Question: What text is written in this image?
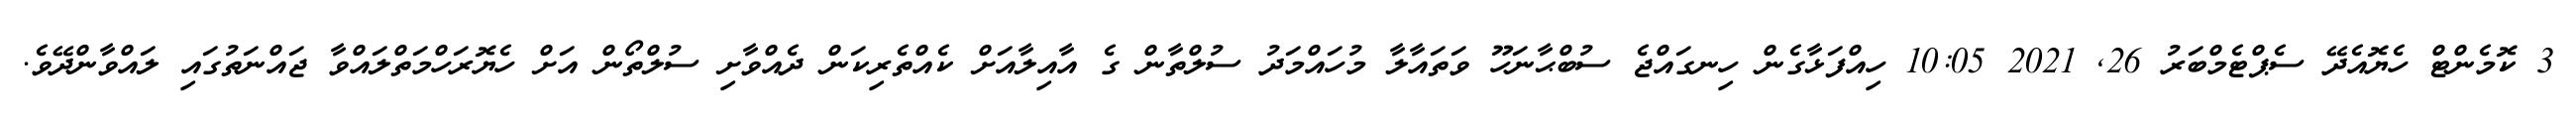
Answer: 3 ކޮމެންޓް ހެޔޮއެދޭ ސެޕްޓެމްބަރު 26, 2021 10:05 ހިއްފަޅާގެން ހިނގައްޖެ ސުބްޙާނަހޫ ވަތައާލާ މުހައްމަދު ސުލްތާން ގެ އާއިލާއަށް ކެއްތެރިކަން ދެއްވާށި ސުލްތޯން އަށް ހެޔޮރަހްމަތްލައްވާ ޖައްނަތުގައި ލައްވާންދޭވެ.